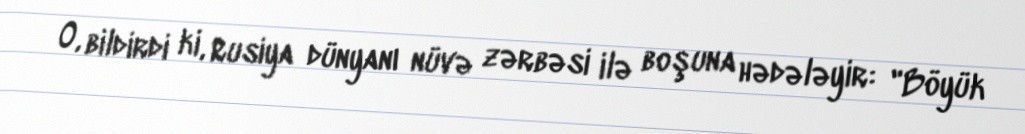
O, bildirdi ki, Rusiya dünyanı nüvə zərbəsi ilə boşuna hədələyir: "Böyük